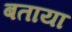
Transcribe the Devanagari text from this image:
बताया